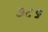
૭૮૬